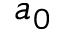
a _ { 0 }